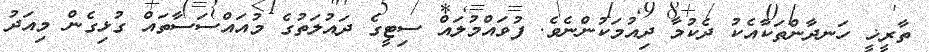
ތާރީޚީ ހަނދާންތަކާއެކު ދެކުމާ ދިއުމަކުންނެވެ. ފުވައްމުލައް ސިޓީގެ ދައުލަތުގެ މުއައްސަސާތައް ގުޅިގެން މިއަދު